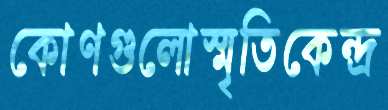
কোণগুলোস্মৃতিকেন্দ্র